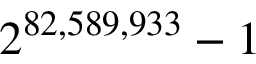
2 ^ { 8 2 , 5 8 9 , 9 3 3 } - 1